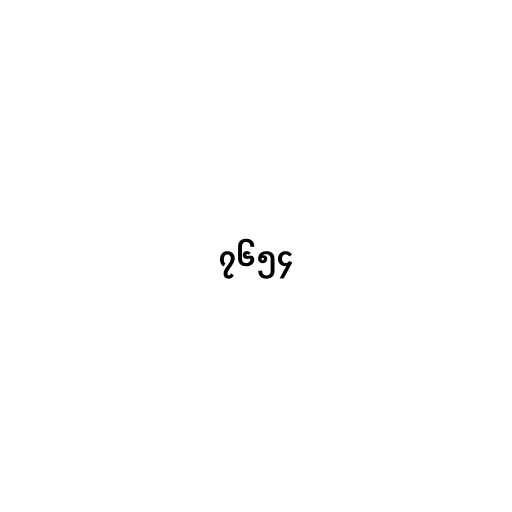
၇၆၅၄